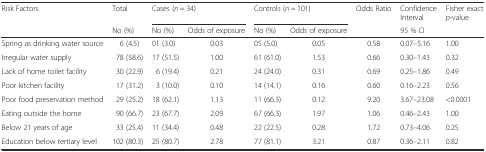
| <ROWSPAN=2> Risk Factors | Total | <COLSPAN=2> Cases (n = 34) | <COLSPAN=2> Controls (n = 101) | Odds Ratio | Confidence Interval | <ROWSPAN=2> Fisher exact p-value |
 | No (%) | No (%) | Odds of exposure | No (%) | Odds of exposure |  | 95 % CI |
 | --- | --- | --- | --- | --- | --- | --- | --- | --- |
 | Spring as drinking water source | 6 (4.5) | 01 (3.0) | 0.03 | 05 (5.0) | 0.05 | 0.58 | 0.07–5.16 | 1.00 |
 | Irregular water supply | 78 (58.6) | 17 (51.5) | 1.00 | 61 (61.0) | 1.53 | 0.66 | 0.30–1.43 | 0.32 |
 | Lack of home toilet facility | 30 (22.9) | 6 (19.4) | 0.21 | 24 (24.0) | 0.31 | 0.69 | 0.25–1.86 | 0.49 |
 | Poor kitchen facility | 17 (31.2) | 3 (10.0) | 0.10 | 14 (14.1) | 0.16 | 0.60 | 0.16–2.23 | 0.56 |
 | Poor food preservation method | 29 (25.2) | 18 (62.1) | 1.13 | 11 (66.3) | 0.12 | 9.20 | 3.67–23.08 | <0.0001 |
 | Eating outside the home | 90 (66.7) | 23 (67.7) | 2.09 | 67 (66.3) | 1.97 | 1.06 | 0.46–2.43 | 1.00 |
 | Below 21 years of age | 33 (25.4) | 11 (34.4) | 0.48 | 22 (22.5) | 0.28 | 1.72 | 0.73–4.06 | 0.25 |
 | Education below tertiary level | 102 (80.3) | 25 (80.7) | 2.78 | 77 (81.1) | 3.21 | 0.87 | 0.36–2.11 | 0.82 |